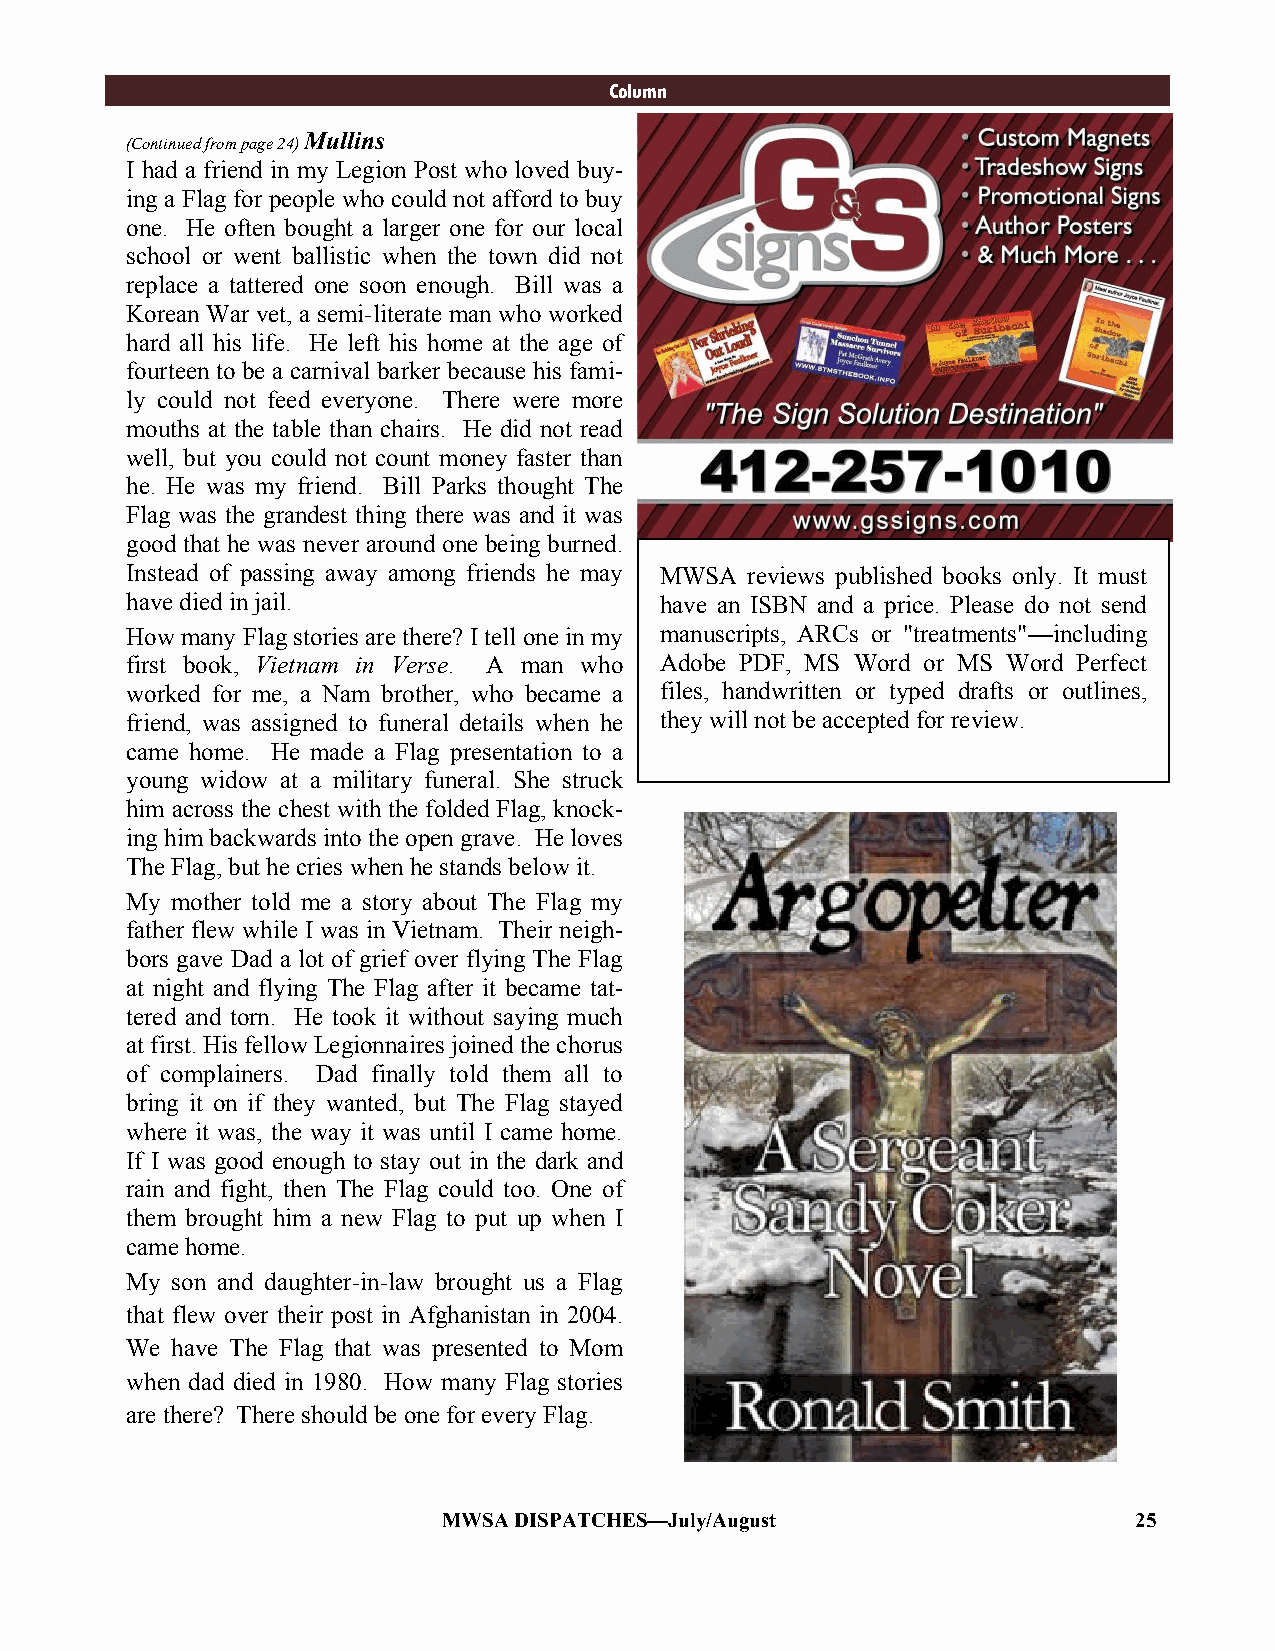
#C#o#lu#m#n#
 Mullins
 (Continued from page 24)
 I had a friend in my Legion Post who loved buy-
 ing a Flag for people who could not afford to buy
 one. He often bought a larger one for our local
 school or went ballistic when the town did not
 replace a tattered one soon enough. Bill was a
 Korean War vet, a semi-literate man who worked
 hard all his life. He left his home at the age of
 fourteen to be a carnival barker because his fami-
 ly could not feed everyone. There were more
 mouths at the table than chairs. He did not read
 well, but you could not count money faster than
 he. He was my friend. Bill Parks thought The
 Flag was the grandest thing there was and it was
 good that he was never around one being burned.
 Instead of passing away among friends he may MWSA reviews published books only. It must
 have died in jail.                  have an ISBN and a price. Please do not send
 How many Flag stories are there? I tell one in my manuscripts, ARCs or "treatments"—including
 first book, Vietnam in Verse. A man who Adobe PDF, MS Word or MS Word Perfect
 worked for me, a Nam brother, who became a files, handwritten or typed drafts or outlines,
 friend, was assigned to funeral details when he they will not be accepted for review.
 came home. He made a Flag presentation to a
 young widow at a military funeral. She struck
 him across the chest with the folded Flag, knock-
 ing him backwards into the open grave. He loves
 The Flag, but he cries when he stands below it.
 My mother told me a story about The Flag my
 father flew while I was in Vietnam. Their neigh-
 bors gave Dad a lot of grief over flying The Flag
 at night and flying The Flag after it became tat-
 tered and torn. He took it without saying much
 at first. His fellow Legionnaires joined the chorus
 of complainers. Dad finally told them all to
 bring it on if they wanted, but The Flag stayed
 where it was, the way it was until I came home.
 If I was good enough to stay out in the dark and
 rain and fight, then The Flag could too. One of
 them brought him a new Flag to put up when I
 came home.
 My son and daughter-in-law brought us a Flag
 that flew over their post in Afghanistan in 2004.
 We have The Flag that was presented to Mom
 when dad died in 1980. How many Flag stories
 are there? There should be one for every Flag.
 MWSA DISPATCHES—July/August                   25